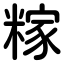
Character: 糘